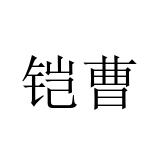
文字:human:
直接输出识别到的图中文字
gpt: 铠曹